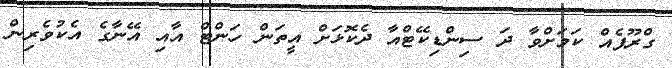
ގްރޫޕެއް ކަމަށްވާ ދަ ސިންޑިކޭޓްއާ ދެކޮޅަށް އީތަން ހަންޓް އާއި އޭނާގެ އެކުވެރިން